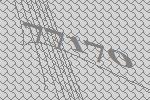
77170